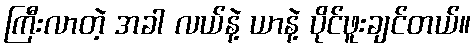
ကြီးလာတဲ့ အခါ လယ်နဲ့ ယာနဲ့ ပိုင်ဖူးချင်တယ်။